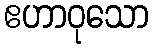
ဧဟာဝုသော